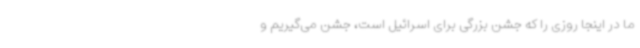
ما در اینجا روزی را که جشن بزرگی برای اسرائیل است، جشن می‌گیریم و